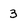
Character: 3